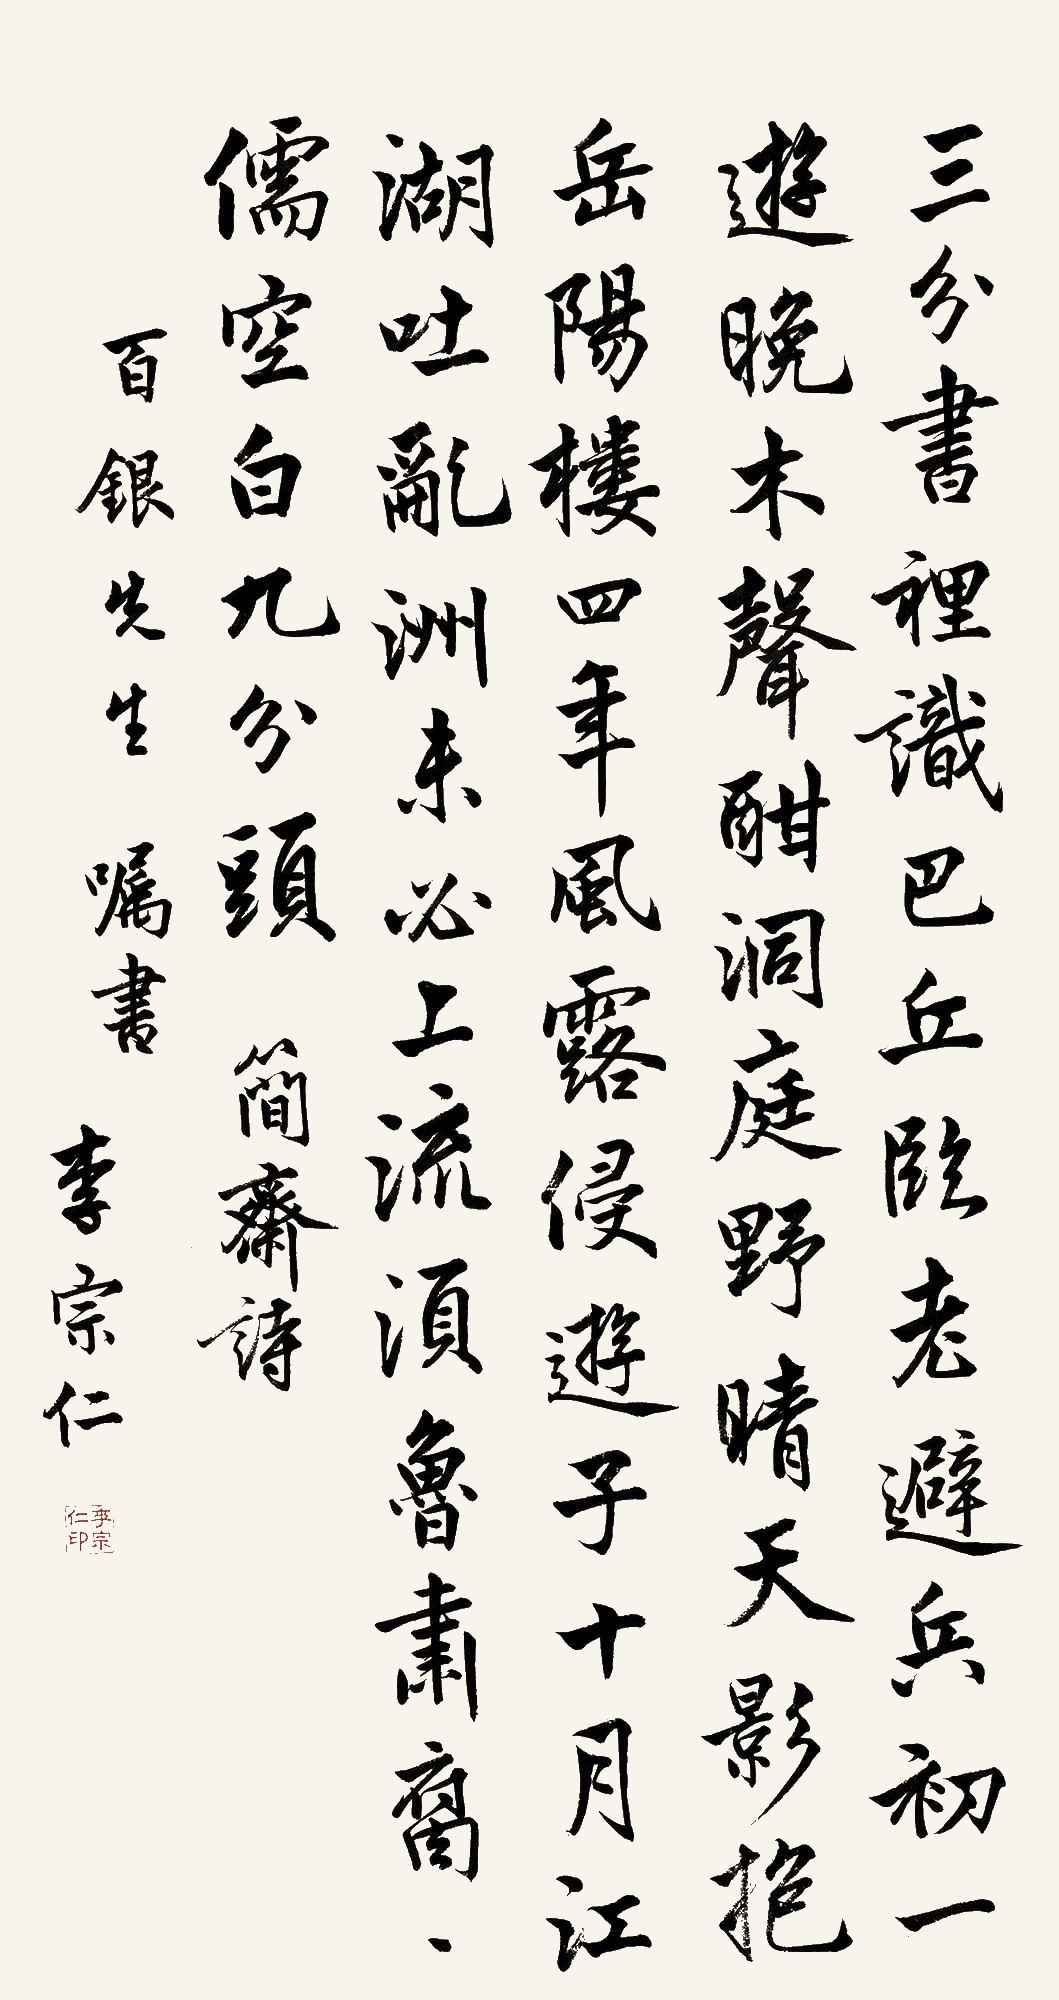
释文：三分书里识巴丘，临老避兵初一游。晚木声酣洞庭野，晴天影抱岳阳楼。四年风露侵游子，十月江湖吐乱洲。未必上流须鲁萧，腐儒空白九分头。简斋诗。百银先生嘱书。李宗仁。